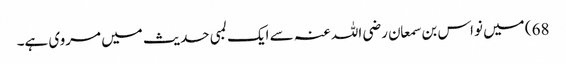
68) میں نواس بن سمعان رضی اللہ عنہ سے ایک لمبی حدیث میں مروی ہے۔